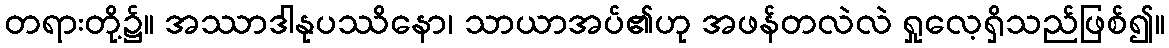
တရားတို့၌။ အဿာဒါနုပဿိနော၊ သာယာအပ်၏ဟု အဖန်တလဲလဲ ရှုလေ့ရှိသည်ဖြစ်၍။